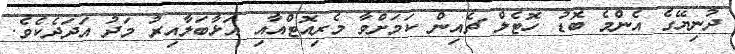
ދުނިިޔޭގެ އެންމެ ބޮޑު ހޮޓެލް ޗެއިން ކަމަށްވާ މެރިއޮޓްއާއި އަޅާބަލާއިރު މަދު އަދަދެކެވެ.